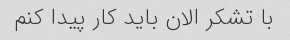
با تشکر الان باید کار پیدا کنم